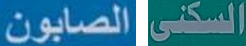
الصابون السكنى